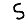
Digit: 5